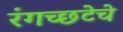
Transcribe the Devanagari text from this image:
रंगच्‍छटेचे